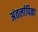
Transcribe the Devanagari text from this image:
अंतर्लापिका